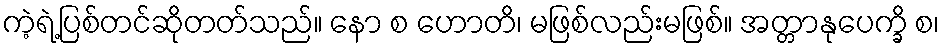
ကဲ့ရဲ့ပြစ်တင်ဆိုတတ်သည်။ နော စ ဟောတိ၊ မဖြစ်လည်းမဖြစ်။ အတ္တာနုပေက္ခိ စ၊